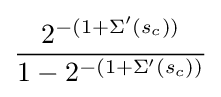
{\frac {2^{-(1+\Sigma '(s_{c}))}}{1-2^{-(1+\Sigma '(s_{c}))}}}